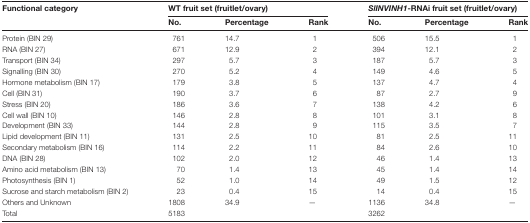
| <ROWSPAN=2> Functional category | <COLSPAN=3> WT fruit set (fruitlet/ovary) | <COLSPAN=3> SlINVINH1-RNAi fruit set (fruitlet/ovary) |
 | No. | Percentage | Rank | No. | Percentage | Rank |
 | --- | --- | --- | --- | --- | --- | --- |
 | Protein (BIN 29) | 761 | 14.7 | 1 | 506 | 15.5 | 1 |
 | RNA (BIN 27) | 671 | 12.9 | 2 | 394 | 12.1 | 2 |
 | Transport (BIN 34) | 297 | 5.7 | 3 | 187 | 5.7 | 3 |
 | Signalling (BIN 30) | 270 | 5.2 | 4 | 149 | 4.6 | 5 |
 | Hormone metabolism (BIN 17) | 179 | 3.8 | 5 | 137 | 4.7 | 4 |
 | Cell (BIN 31) | 190 | 3.7 | 6 | 87 | 2.7 | 9 |
 | Stress (BIN 20) | 186 | 3.6 | 7 | 138 | 4.2 | 6 |
 | Cell wall (BIN 10) | 146 | 2.8 | 8 | 101 | 3.1 | 8 |
 | Development (BIN 33) | 144 | 2.8 | 9 | 115 | 3.5 | 7 |
 | Lipid development (BIN 11) | 131 | 2.5 | 10 | 81 | 2.5 | 11 |
 | Secondary metabolism (BIN 16) | 114 | 2.2 | 11 | 84 | 2.6 | 10 |
 | DNA (BIN 28) | 102 | 2.0 | 12 | 46 | 1.4 | 13 |
 | Amino acid metabolism (BIN 13) | 70 | 1.4 | 13 | 45 | 1.4 | 14 |
 | Photosynthesis (BIN 1) | 52 | 1.0 | 14 | 49 | 1.5 | 12 |
 | Sucrose and starch metabolism (BIN 2) | 23 | 0.4 | 15 | 14 | 0.4 | 15 |
 | Others and Unknown | 1808 | 34.9 | — | 1136 | 34.8 | — |
 | Total | 5183 |  |  | 3262 |  |  |